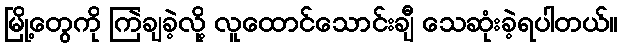
မြို့တွေကို ကြဲချခဲ့လို့ လူထောင်သောင်းချီ သေဆုံးခဲ့ရပါတယ်။